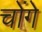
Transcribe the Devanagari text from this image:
चोंगे